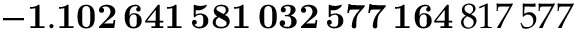
\mathbf { - 1 . 1 0 2 \, 6 4 1 \, 5 8 1 \, 0 3 2 \, 5 7 7 \, 1 6 4 } \, 8 1 7 \, 5 7 7